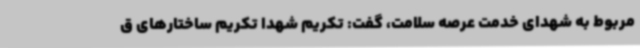
مربوط به شهدای خدمت عرصه سلامت، گفت: تکریم شهدا تکریم ساختارهای ق